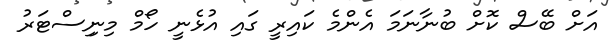
އަށް ބޭސް ކޮށް ބުނާނަމަ އެންމެ ކައިރީ ގައި އުޅެނީ ހޯމް މިނިިސްޓަރު